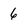
Character: 6